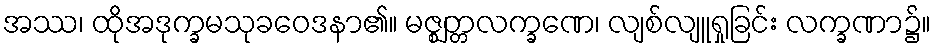
အဿ၊ ထိုအဒုက္ခမသုခဝေဒနာ၏။ မဇ္ဈတ္တလက္ခဏေ၊ လျစ်လျူရှုခြင်း လက္ခဏာ၌။